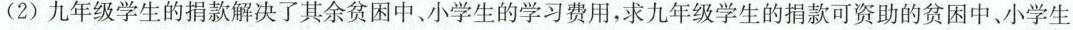
(2)九年级学生的捐款解决了其余贫困中、小学生的学习费用，求九年级学生的捐款可资助的贫困中、小学生